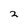
Character: 2